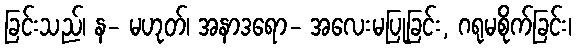
ခြင်းသည်၊ န- မဟုတ်၊ အနာဒရော- အလေးမပြုခြင်း, ဂရုမစိုက်ခြင်း၊